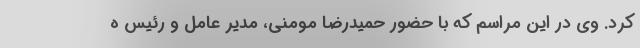
کرد. وی در این مراسم که با حضور حمیدرضا مومنی، مدیر عامل و رئیس ه